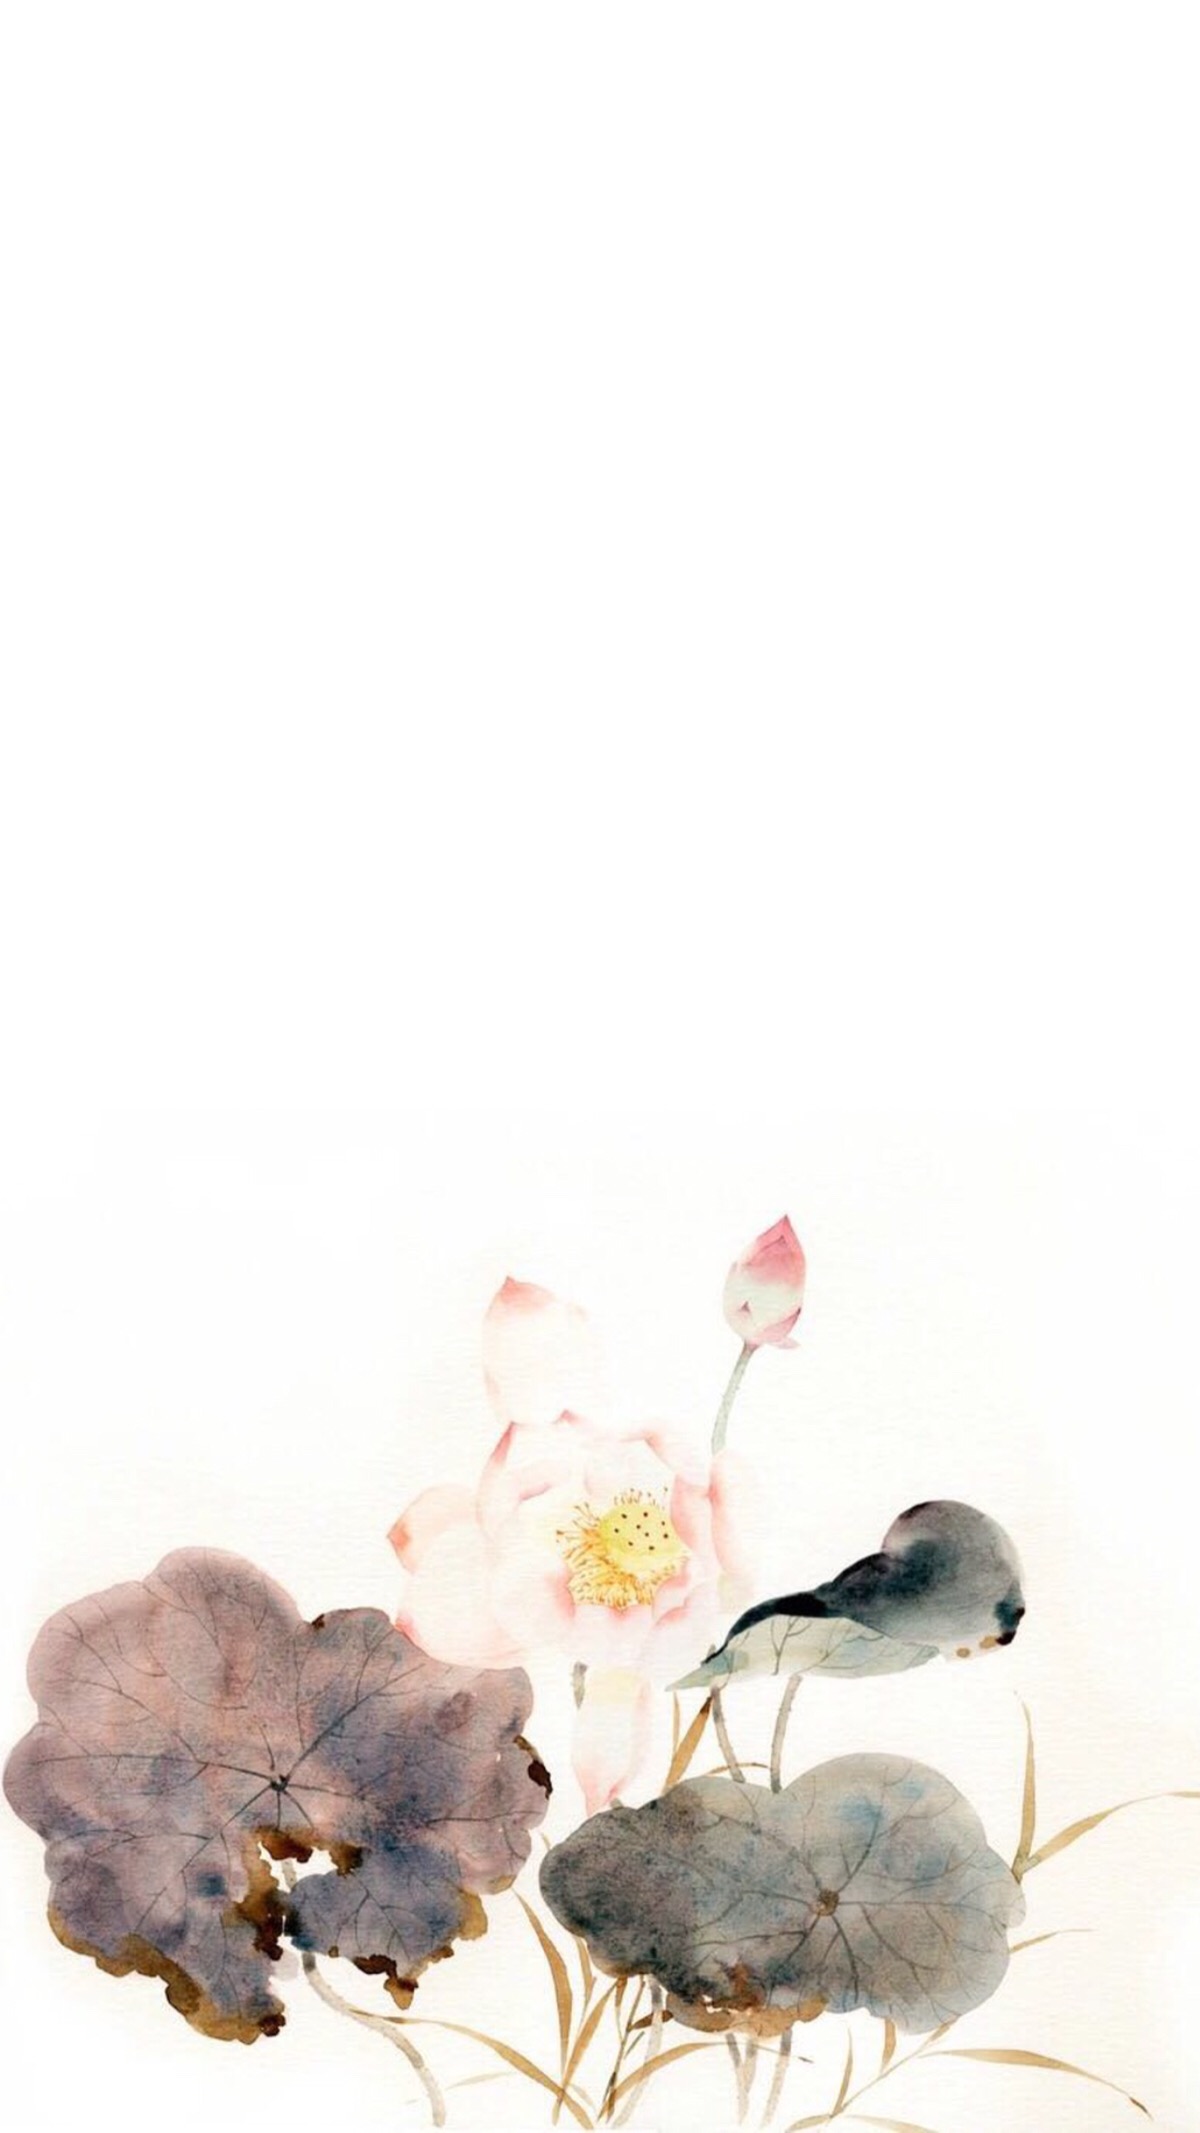
波面澄霞，兰艇采香去。